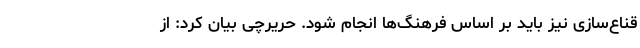
قناع‌سازی نیز باید بر اساس فرهنگ‌ها انجام شود. حریرچی بیان کرد: از